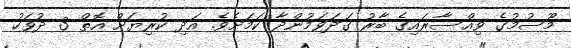
މޫސުމުގެ ވިއްސާރައިގެ ބާރު ގަދަވަމުންދާ ކަމަށެވެ. އަދި ކުރިޔަށް އޮތް 3 ދުވަހު